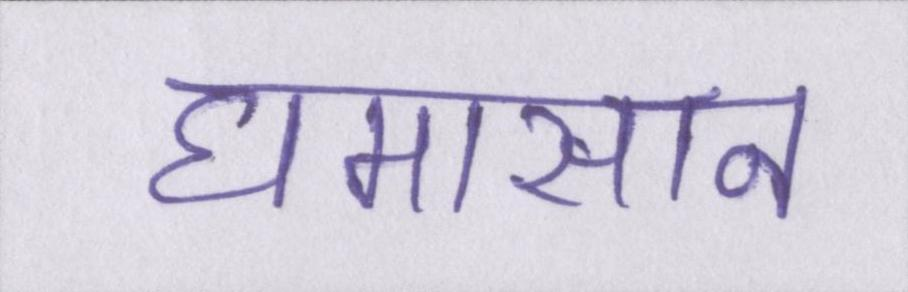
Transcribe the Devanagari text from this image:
घमासान